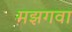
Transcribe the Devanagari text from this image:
मझगवा